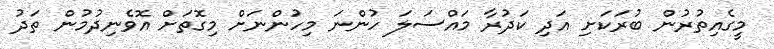
މީގެއިތުރުން ބުރަކަށި އަދި ކަދުރާ މައްސަލަ ހުންނަ މިހުންނަށް މިގޮތަށް އޮވެނިދުމުން ތަދު